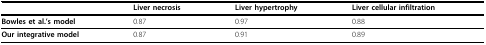
<table><thead><tr><td></td><td><b>Liver necrosis</b></td><td><b>Liver hypertrophy</b></td><td><b>Liver cellular infiltration</b></td></tr></thead><tbody><tr><td><b>Bowles et al.&#x27;s model</b></td><td>0.87</td><td>0.97</td><td>0.88</td></tr><tr><td><b>Our integrative model</b></td><td>0.87</td><td>0.91</td><td>0.89</td></tr></tbody></table>